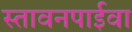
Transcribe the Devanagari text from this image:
स्तावनपाईवा